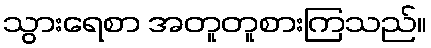
သွားရေစာ အတူတူစားကြသည်။